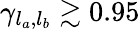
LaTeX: \gamma_{l_{a},l_{b}}\gtrsim 0.95